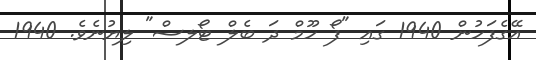
އޭގެފަހުން 1940 ގައި "ފޯ ހޫމް ދަ ބެލް ޓޯލސް" ލިޔުނެވެ. 1940